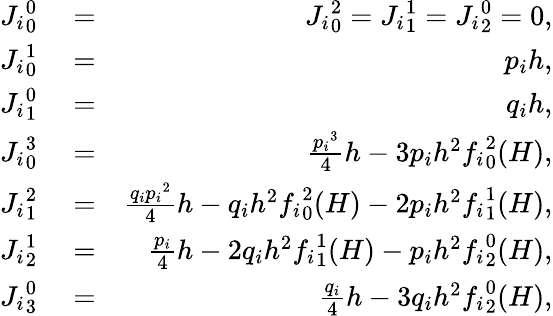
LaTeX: \begin{array}{rlr}{{J_{i}}_{0}^{0}}&{{}=}&{{J_{i}}_{0}^{2}={J_{i}}_{1}^{1}={J_{i}}_{2}^{0}=0,}\\ {{J_{i}}_{0}^{1}}&{{}=}&{p_{i}h,}\\ {{J_{i}}_{1}^{0}}&{{}=}&{q_{i}h,}\\ {{J_{i}}_{0}^{3}}&{{}=}&{\frac{{p_{i}}^{3}}{4}h-3p_{i}h^{2}{f_{i}}_{0}^{2}(H),}\\ {{J_{i}}_{1}^{2}}&{{}=}&{\frac{q_{i}{p_{i}}^{2}}{4}h-q_{i}h^{2}{f_{i}}_{0}^{2}(H)-2p_{i}h^{2}{f_{i}}_{1}^{1}(H),}\\ {{J_{i}}_{2}^{1}}&{{}=}&{\frac{p_{i}}{4}h-2q_{i}h^{2}{f_{i}}_{1}^{1}(H)-p_{i}h^{2}{f_{i}}_{2}^{0}(H),}\\ {{J_{i}}_{3}^{0}}&{{}=}&{\frac{q_{i}}{4}h-3q_{i}h^{2}{f_{i}}_{2}^{0}(H),}\end{array}